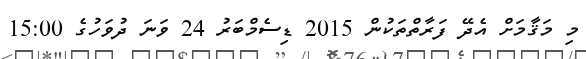
މި މަޤާމަށް އެދޭ ފަރާތްތަކުން 2015 ޑިސެމްބަރު 24 ވަނަ ދުވަހުގެ 15:00